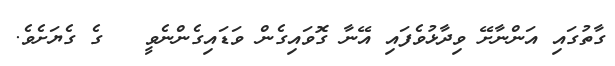
ގާތުގައި އަންނާށޭ ވިދާޅުވެފައި އޭނާ ގޮވައިގެން ވަޑައިގެންނެވީ   ގެ ގެޔަށެވެ.